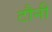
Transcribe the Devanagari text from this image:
टौनी